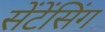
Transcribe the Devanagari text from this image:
सेंटेंसिंग